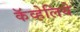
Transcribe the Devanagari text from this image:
कॅव्हेलिये